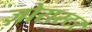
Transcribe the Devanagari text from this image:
ज़ोरास्टर